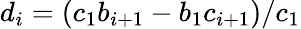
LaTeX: d_{i}=(c_{1}b_{i+1}-b_{1}c_{i+1})/c_{1}